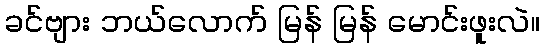
ခင်ဗျား ဘယ်လောက် မြန် မြန် မောင်းဖူးလဲ။